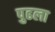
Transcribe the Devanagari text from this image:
पुढला